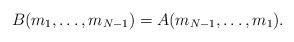
LaTeX: \begin{align*}B(m_1,\dots,m_{N-1})=A(m_{N-1},\dots,m_1).\end{align*}